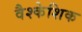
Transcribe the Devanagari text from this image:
वैश्केशिक